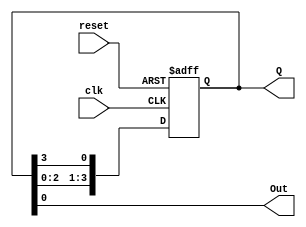
module ring_counter (
    input wire clk,         // Clock signal
    input wire reset,       // Reset signal
    output reg [3:0] Q,     // 4-bit output representing the current state
    output reg Out          // Output based on the current state
);

// State transition logic
always @(posedge clk or posedge reset) begin
    if (reset) begin
        Q <= 4'b0001;      // Reset to State 0
    end else begin
        Q <= {Q[2:0], Q[3]}; // Shift right and feed back the last bit to the first
    end
end

// Output logic for Moore machine
always @(Q) begin
    Out = Q[0]; // Out is high when the first bit is 1
end

endmodule